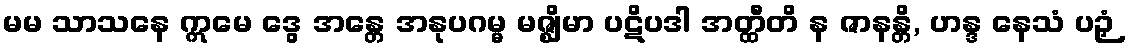
မမ သာသနေ ဣမေ ဒွေ အန္တေ အနုပဂမ္မ မဇ္ဈိမာ ပဋိပဒါ အတ္ထီတိ န ဇာနန္တိ, ဟန္ဒ နေသံ ပဉှံ